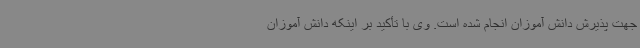
جهت پذیرش دانش آموزان انجام شده است. وی با تأکید بر اینکه دانش آموزان